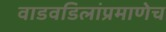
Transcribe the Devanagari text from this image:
वाडवडिलांप्रमाणेच